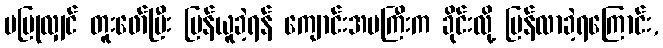
မပြုလျှင် တူးဖော်ပြီး ပြန်ယူခဲ့ရန် ကျောင်းအမကြီးက ခိုင်းလို့ ပြန်လာခဲ့ရကြောင်း,